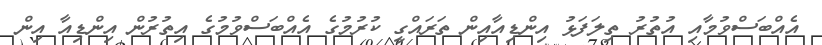
އެއްބަސްވުމާއި އުތުރު ތިލަފަޅު އިންޑިއާއިން ތަރައްގީ ކުރުމުގެ އެއްބަސްވުމުގެ އިތުރުން އިންޑިއާ އިން